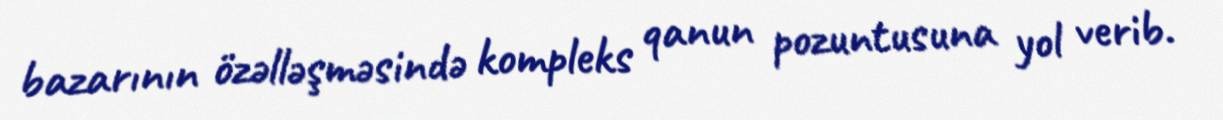
bazarının özəlləşməsində kompleks qanun pozuntusuna yol verib.